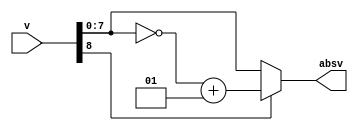
`timescale 1ns / 1ps
//////////////////////////////////////////////////////////////////////////////////
// Company:        MIT 6.111 Final Project
// 
// Module Name:    Abs Value 10bit
// Project Name:   FPGA Radar Guidance
//
//////////////////////////////////////////////////////////////////////////////////

module abs_val_8
    (input signed [8:0] v,
     output wire [7:0] absv);
     
     assign absv = (v[8] == 1) ? ((~v)+1) : v;
     
endmodule